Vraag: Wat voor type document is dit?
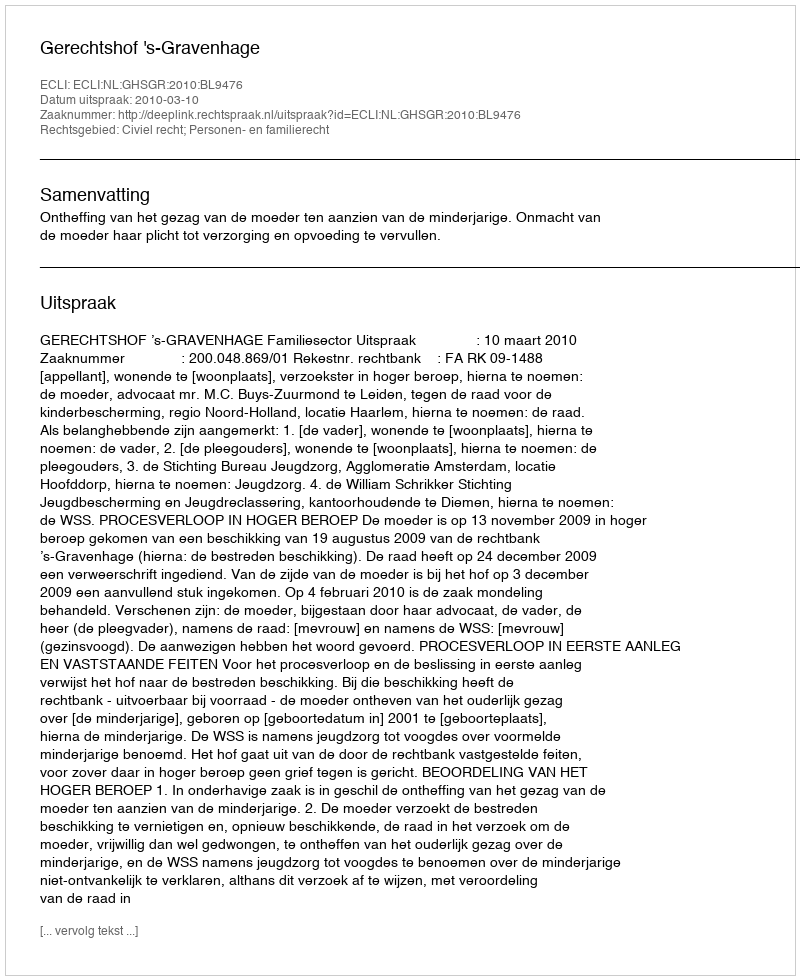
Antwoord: Uitspraak